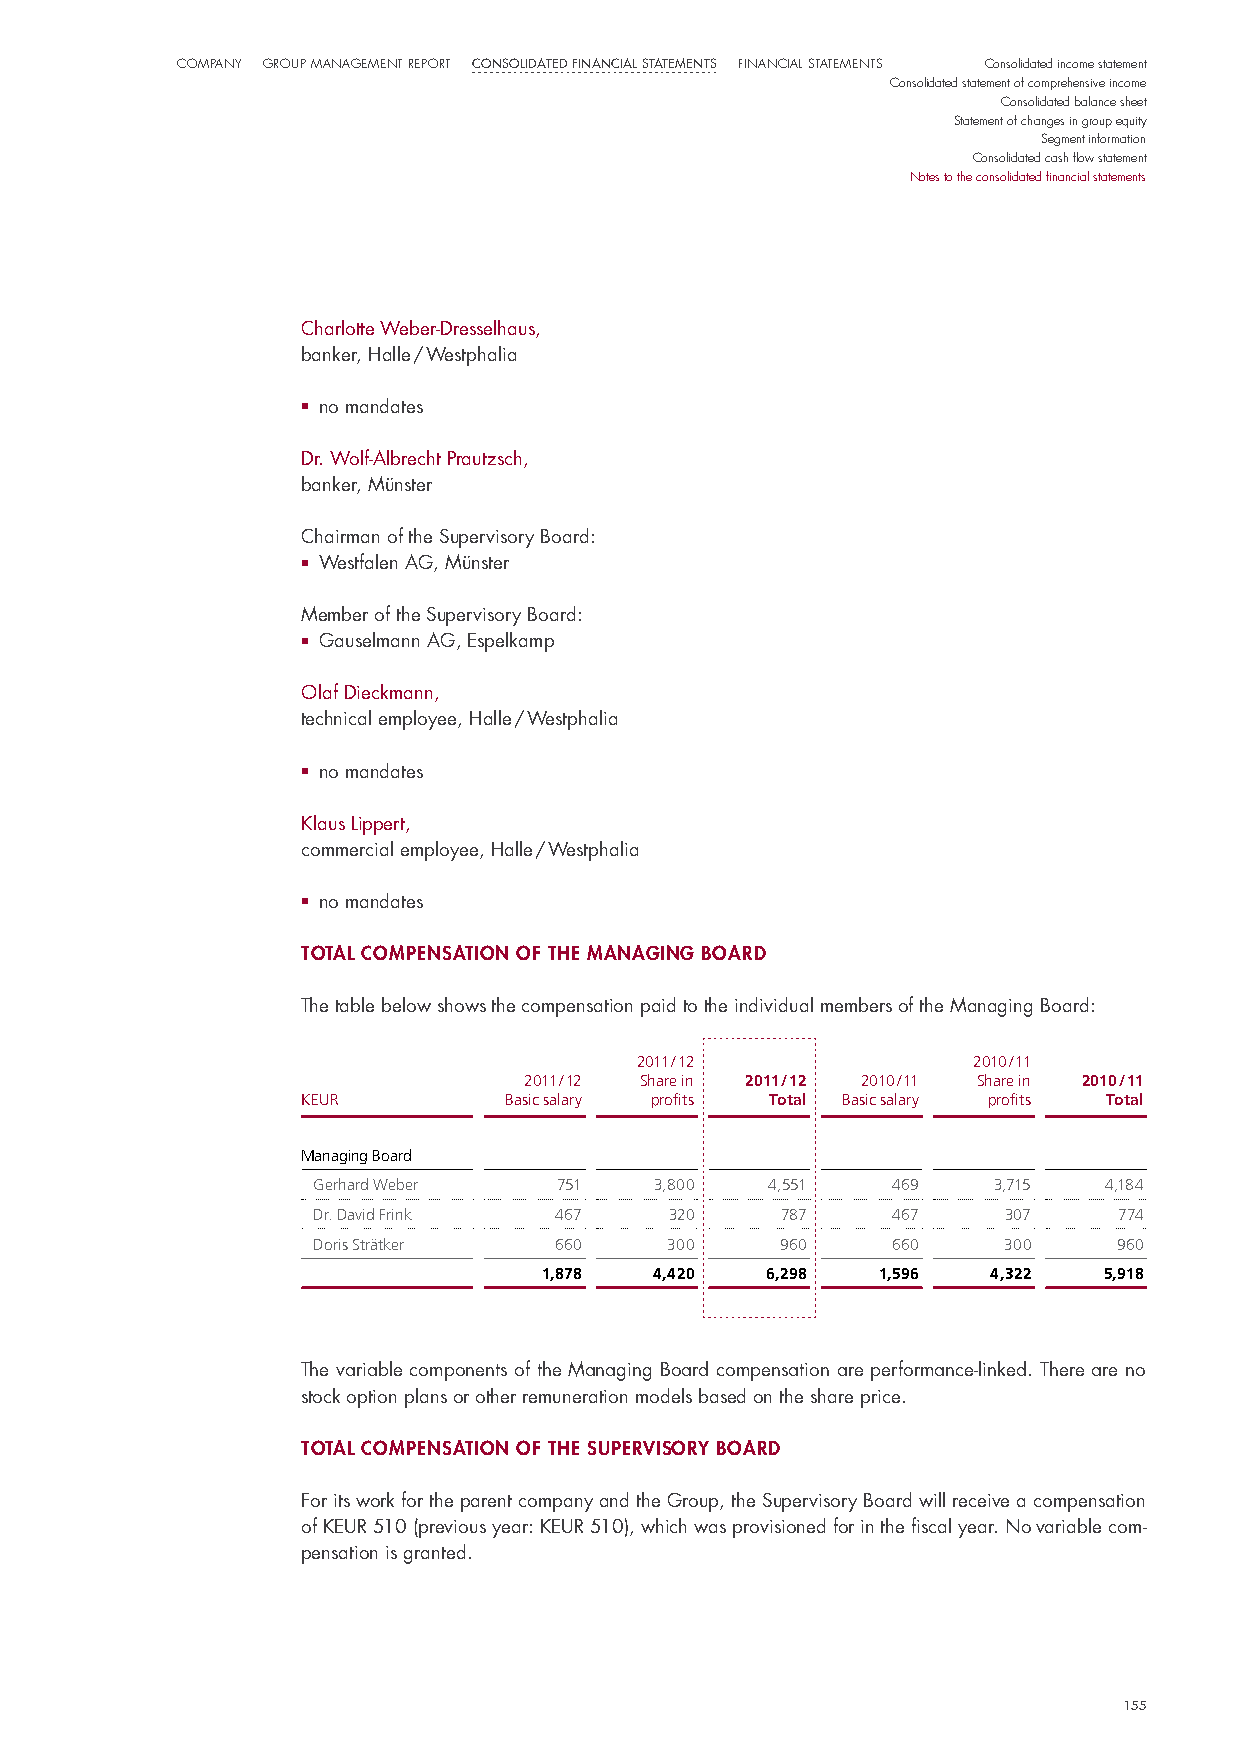
CompaNy Group maNaGemeNt report Consolidated finanCial statements FiNaNCial StatemeNtS Consolidated income statement
 Consolidated statement of comprehensive income
 Consolidated balance sheet
 Statement of changes in group equity
 Segment information
 Consolidated cash flow statement
 Notes to the consolidated financial statements
 Charlotte Weber-dresselhaus,
 banker, halle / Westphalia
 ■ no mandates
 dr. Wolf-Albrecht prautzsch,
 banker, münster
 Chairman of the supervisory Board:
 ■ Westfalen AG, münster
 member of the supervisory Board:
 ■ Gauselmann AG, espelkamp
 olaf dieckmann,
 technical employee, halle / Westphalia
 ■ no mandates
 Klaus lippert,
 commercial employee, halle / Westphalia
 ■ no mandates
 total compensatIon of the managIng Board
 The table below shows the compensation paid to the individual members of the managing Board:
 2011 / 12             2010 / 11
 2011 / 12 Share in 2011 / 12 2010 / 11 Share in 2010 / 11
 KEUR         Basic salary profits Total Basic salary profits Total
 Managing Board
 Gerhard Weber   751   3,800   4,551   469    3,715  4,184
 Dr. David Frink 467    320     787    467    307     774
 Doris Strätker  660    300     960    660    300     960
 1,878  4,420   6,298  1,596   4,322  5,918
 The variable components of the managing Board compensation are performance-linked. There are no
 stock option plans or other remuneration models based on the share price.
 total compensatIon of the supervIsory Board
 For its work for the parent company and the Group, the supervisory Board will receive a compensation
 of KeuR 510 (previous year: KeuR 510), which was provisioned for in the fiscal year. no variable com-
 pensation is granted.
 155